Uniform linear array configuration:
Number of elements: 48
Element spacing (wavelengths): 0.25
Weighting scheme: cosine
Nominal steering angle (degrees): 60
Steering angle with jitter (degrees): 59.008
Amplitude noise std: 0.05
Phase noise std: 0.05

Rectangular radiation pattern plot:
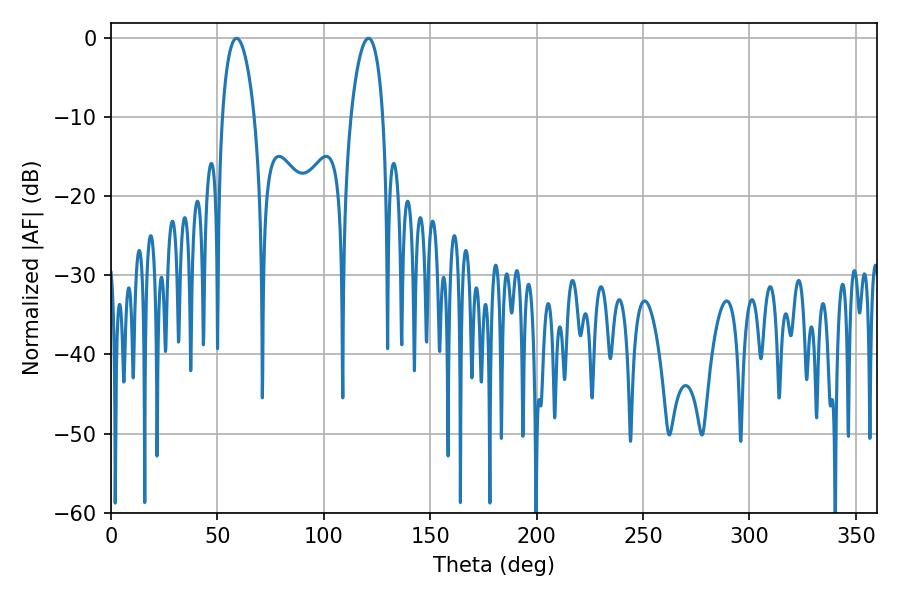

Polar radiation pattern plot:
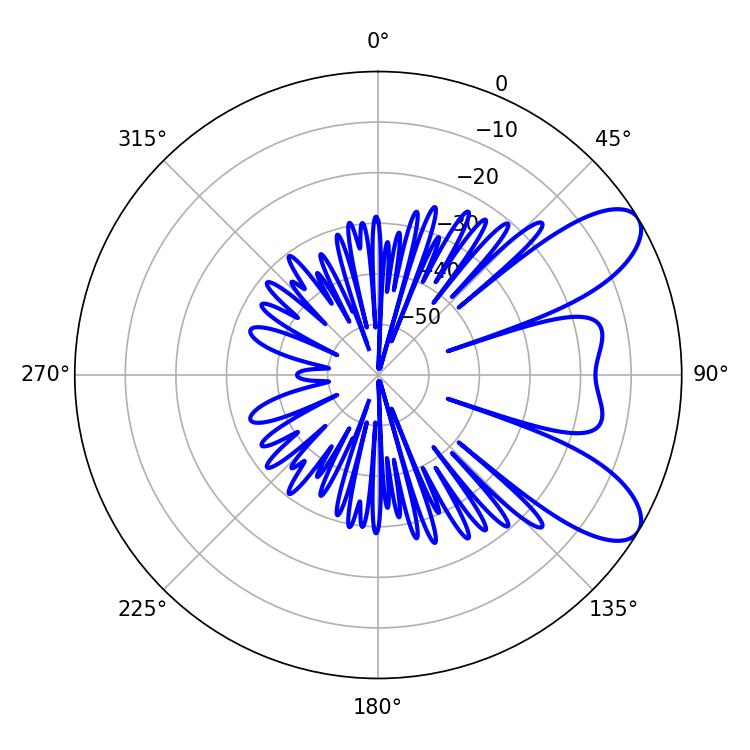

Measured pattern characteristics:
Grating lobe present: FALSE
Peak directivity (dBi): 8.424
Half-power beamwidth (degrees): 8.46
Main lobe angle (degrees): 59.04